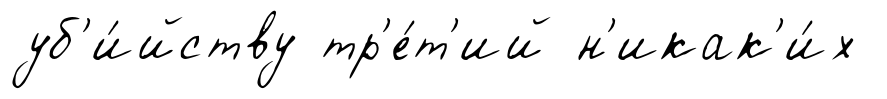
уб'и́йству тр'е́т'ий н'икак'и́х